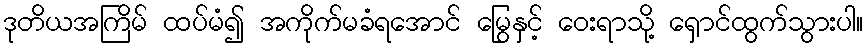
ဒုတိယအကြိမ် ထပ်မံ၍ အကိုက်မခံရအောင် မြွေနှင့် ဝေးရာသို့ ရှောင်ထွက်သွားပါ။